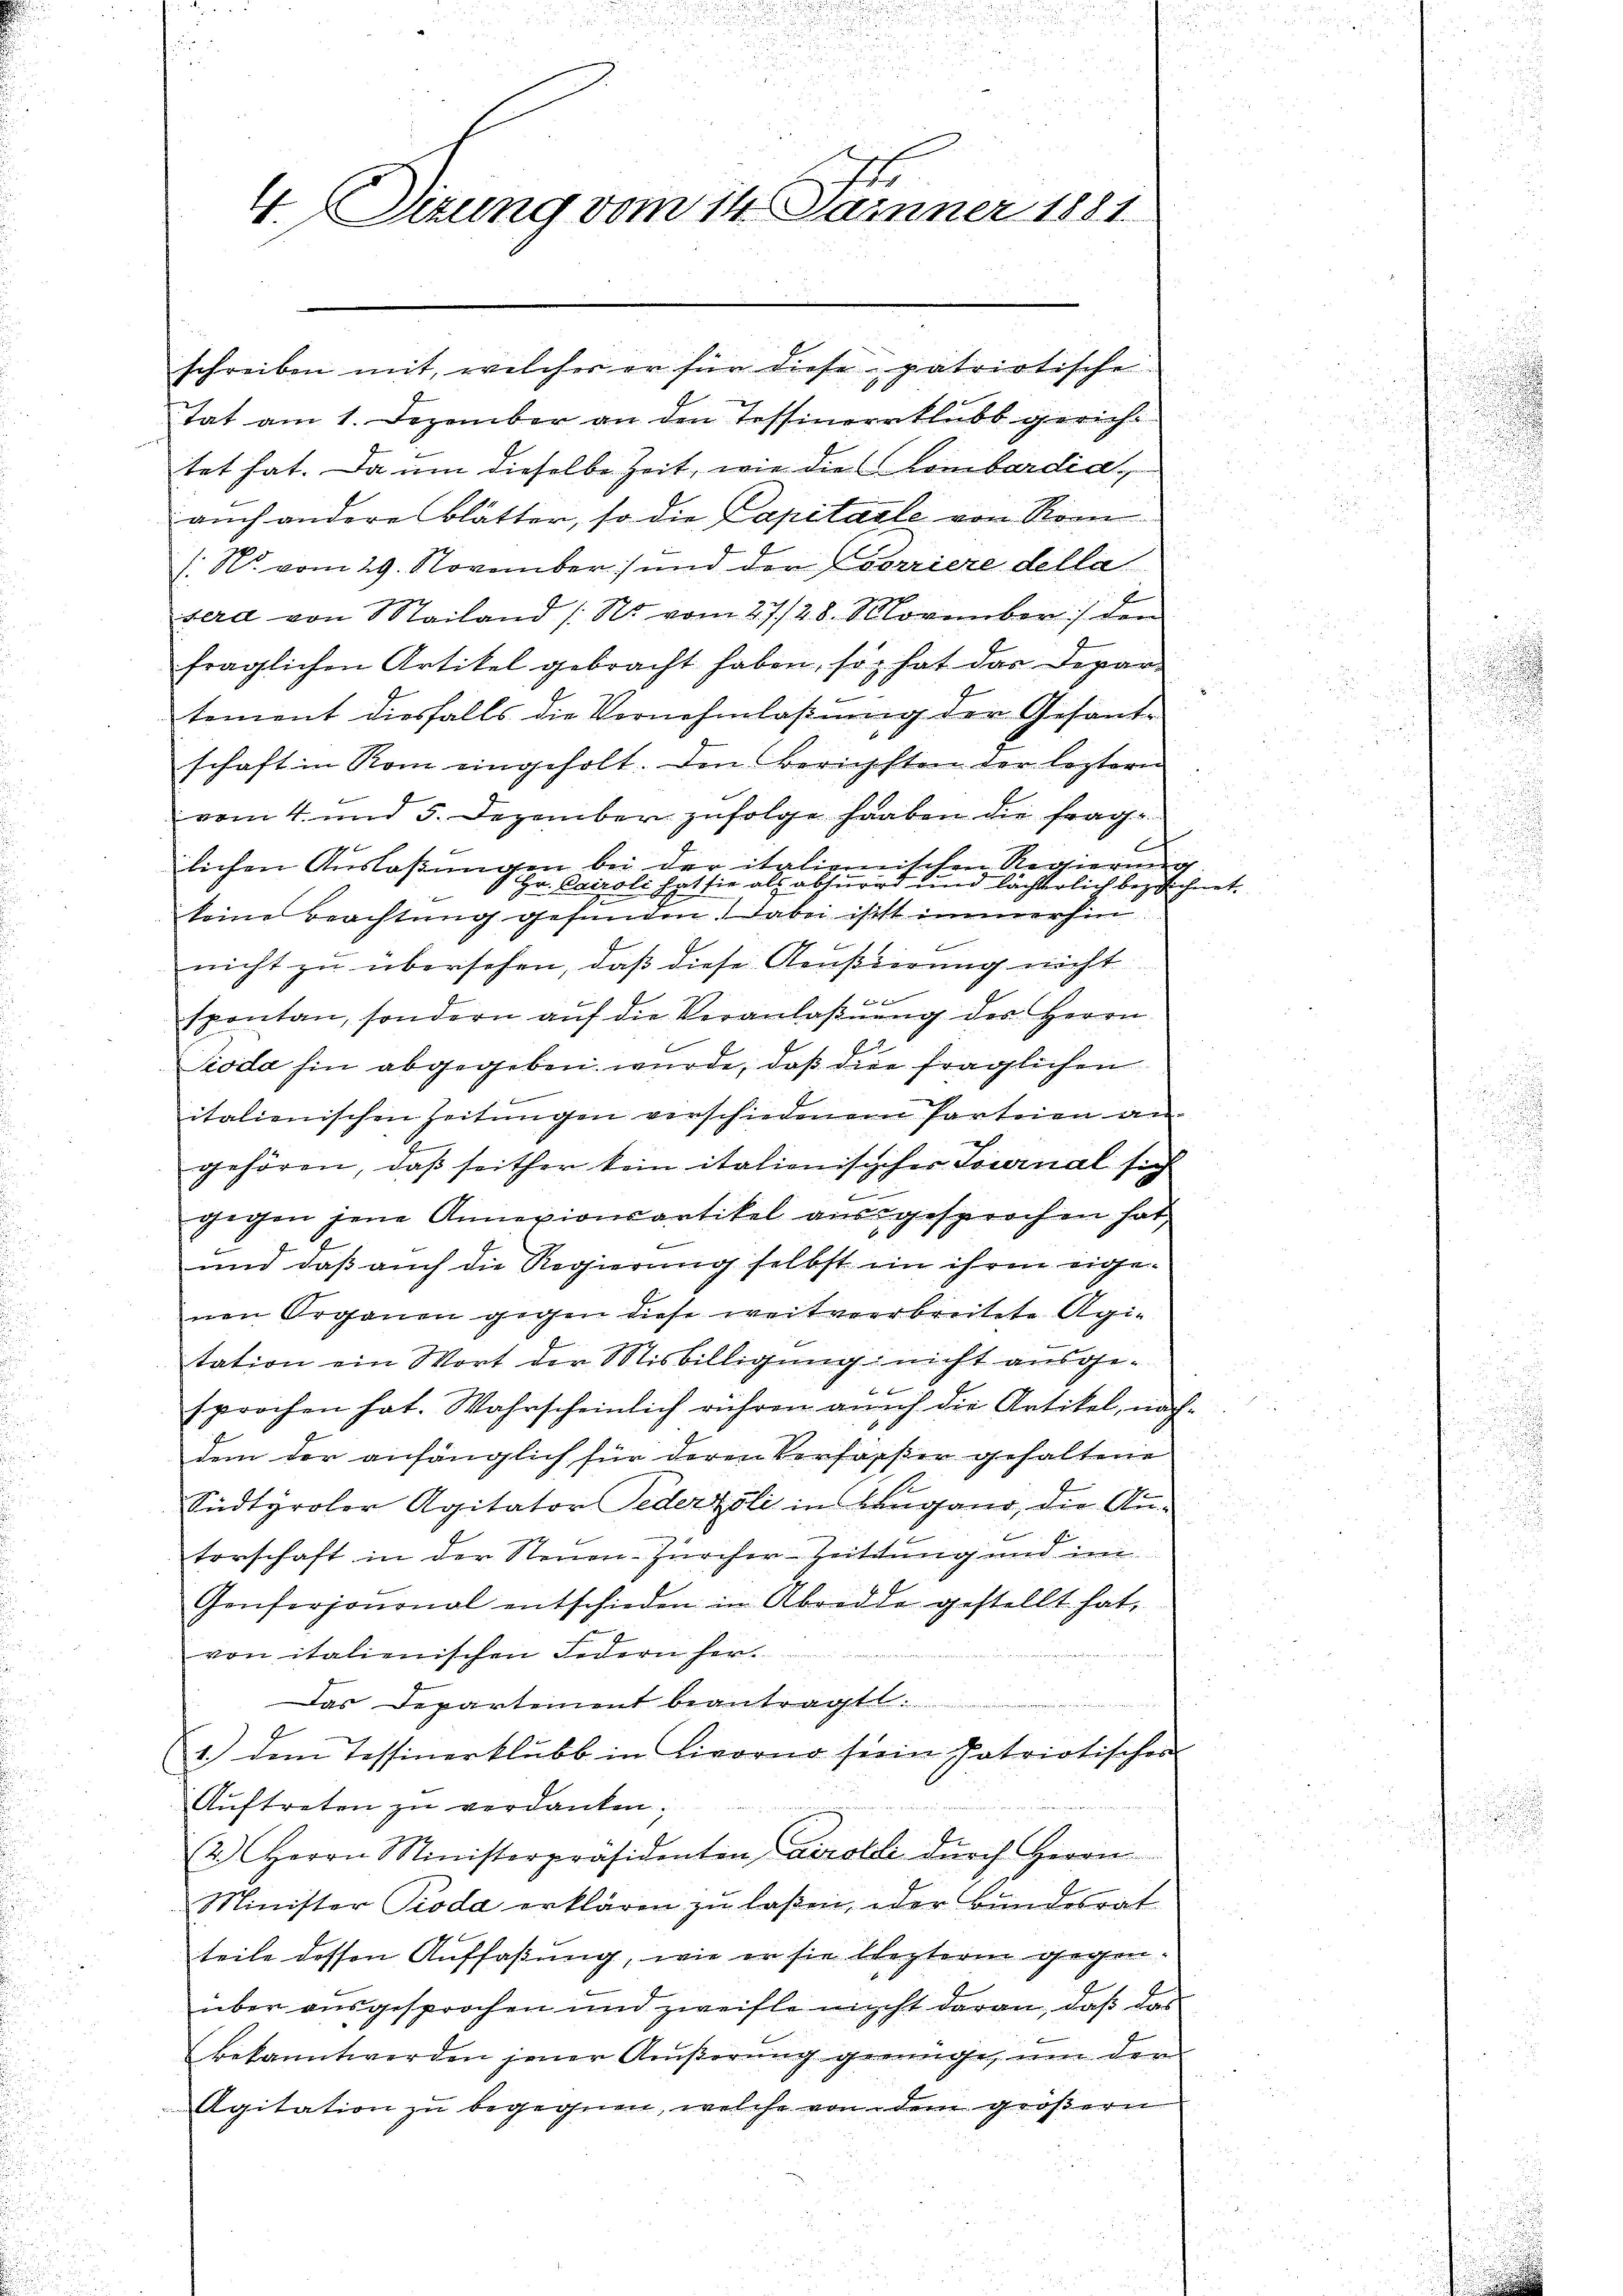
.
.

u
I
4. Sezung vom 14. Jainer 1881.

hat am 1. Dezember an den Tessineraklubs gerichtet hat. Da um dieselbe Zeit, wie die Lombardia
auch andere Blätter, so die Capitale von Rom
/. N. vom 29. November) und der Corriere della
sera von Mailand (Ns vom 27./28. November den
fraglichen Artikel gebracht haben, so hat das Depar
tement diesfalls die Vernehmlassung der Gesandschaft in Rom eingeholt. Den Berichsten der leztern
vom 4. und 5. Dezember zufolge haaben die frag¬
A
lichen Auslaßungen bei der italienischen Regierung
Hr. Cairoli hat sie als abhurid und lächterlich bezeichnet.
1
seine Beachtŭng gefunden. Dabei ist immerhin
f
nicht zu übersehen, daß diese Aeußierung nicht
spontan, sondern aŭf die Veranlaβŭng des Herrn
Sioda hin abgegeben wurde, daß die fraglichen
italienischen Zeitungen verschiedenem Parteien an
gehören, daß seither kein italienischer Sournal sich
gegen jene Annexionsartikel ausgesprochen hat,
und daß auch die Regierung selbst in ihren eigenen Organen gegen diese weitverbreitete Agi-
tation ein Wort der Misbilligung nicht ausgesprochen hat. Wahrscheinlich rühren auch die Artikel, nachdem der anfänglich für deren Verfasser gehaltene
Südtyroler Agitator Pederzöli in Lugano, die Anterschaft in der Steuen-Zürcher-Zeitung und im
Genferjononal entschieden in Abrede gestellt hat,
von italienischen Jedern her
Das Departement beantragt.
1.) dem Tessinerklubb in Livorno sein Patriotischer
Auftreten zu verdanken.
2.) Herrn Ministerpräsidenten Caerolli dŭrch Herrn
Minister Pioda erklären zu laßen, oder Bundesrat
teile dessen Auffaßung, wie er sie lezteren gegenüber ausgesprochen und zweifle nicht daran, daß das
bekannt werden jener Äußerung geringe, um der
Agitation zu begegnen, welche von dem größern

schreiben mit, welcher er für diese patriotische